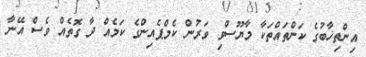
އިންތިޚާބުގެ ކަންތައްތަކާ މާޔޫސްވި ވަރުން ކެމްޕެއިންގެ ކަމެއް ދާ ގޮތެއް ވެސް އޭނާ